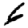
Digit: 6